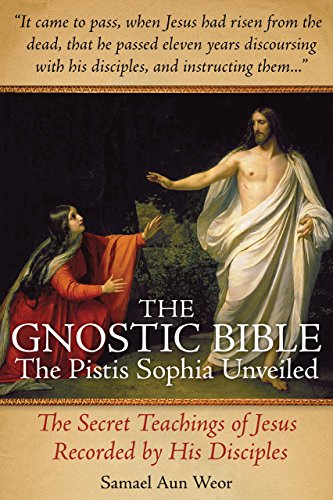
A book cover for The Gnostic Bible: The Pistis Sophia Unveiled; Samael Aun Weor; Christian Books & Bibles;